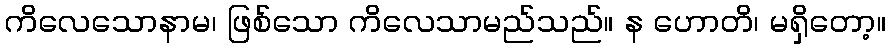
ကိလေသောနာမ၊ ဖြစ်သော ကိလေသာမည်သည်။ န ဟောတိ၊ မရှိတော့။